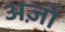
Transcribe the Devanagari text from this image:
अज़ो